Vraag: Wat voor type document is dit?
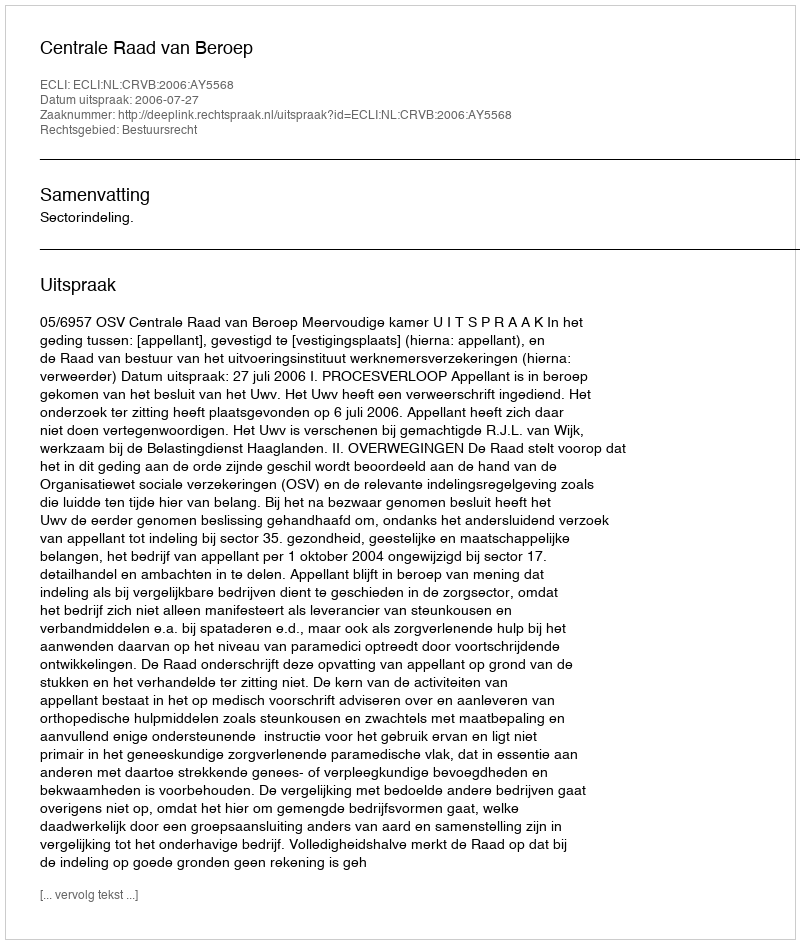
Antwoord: Uitspraak